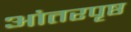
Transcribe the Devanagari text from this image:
आंतरपृष्ठ